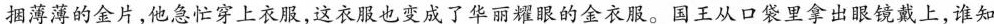
捆薄薄的金片，他急忙穿上衣服，这衣服也变成了华丽耀眼的金衣服。国王从口袋里拿出眼镜戴上，谁知